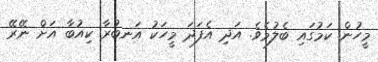
މީހުން ކަމުގައި ބެލުމެވެ. އަދި އެފަދަ މީހަކު އަނބުރާ ކިއުބާ އަށް ނޭރޭ